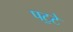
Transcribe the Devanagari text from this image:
पट॒टे